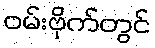
ဝမ်းဗိုက်တွင်